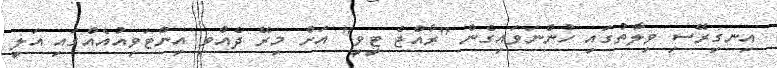
އިނގިރޭސި ވިލާތުގައި ހުންނަވައިގެން "ރާއްޖެ ޓީވީ" އަށް މިރޭ ދެއްވި އިންޓަވިއުއެއްގައި އަލީ